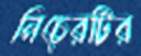
নিচেরটির